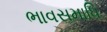
ભાવસમાધિ